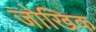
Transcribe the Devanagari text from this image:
जोखिक